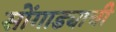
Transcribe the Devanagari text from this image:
सोंगाड्याची